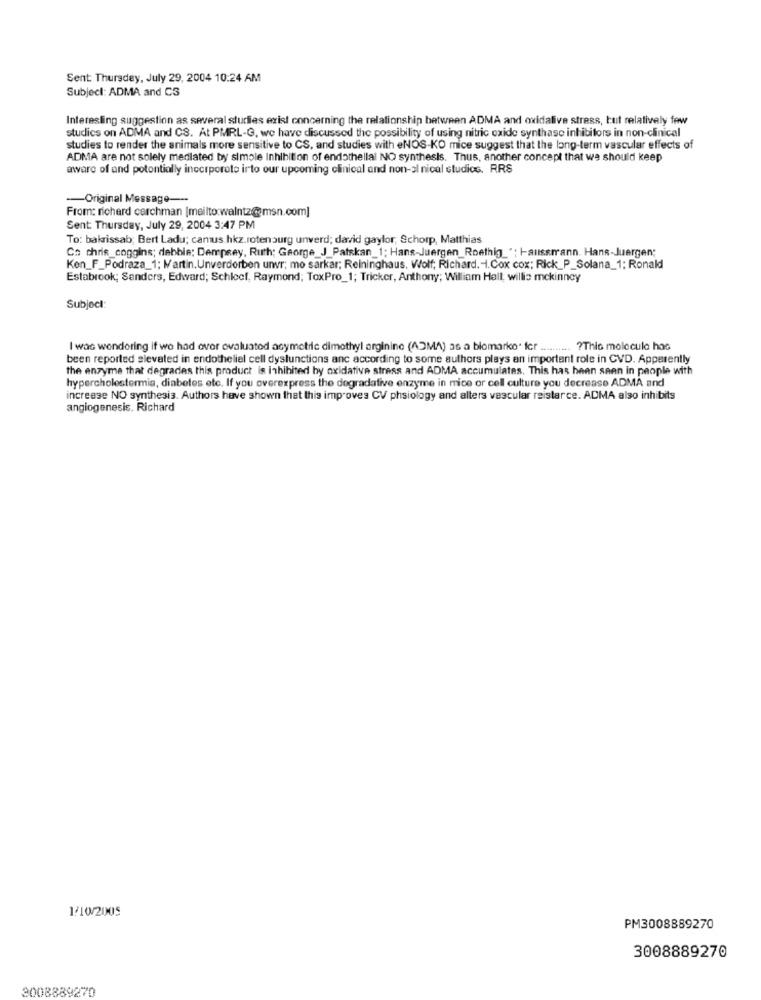
Sent: Thursday, July 29, 2004 10:24 AM
Subject: ADMA and CS
Interesting suggestion as several sturlies exist concerning the relationship between ADMA and oxidalive stress, but relatively few
studies on ADMA and CS. At PMRL-G, we have discussed the possibility of using nitric oxide synthase inhibitors in non-clinical
studies to render the animals more sensitive to CS, and studies with eNOS-KO mice suggest that the long-term vascular effects of
ADMA are not solely medlated by simole Inhibition of endothellal NO synthesis. Thus, another concept that we should keep
aware of and potentially incorporate irto our upcoming clinical and non-al nical studios. RRS
-- Original Message ---
From: richard cerchman [mailto:walntz@msn.com]
Sent: Thursday, July 29, 2004 3:47 PM
To: bakrissab; Bert Ladu; camus.hkz.rotenburg unverd; david gaylor, Schorp, Matthias
Co chris_coggins; debbie; Dempsey, Ruth; George_J_Patskan_1; Hans-Juergen_Roethig "; Haussmann. Hans-Juergen;
Ken_F_Podraza_1; Martin.Unverdorben unvr; mo sarkar; Reininghaus, Wolf; Richard .- 1.Cox cox; Rick_P_Solana_1; Ronald
Estabrook; Sanders, Edward; Schleef, Raymond; ToxPro_1; Tricker, Anthony; William Hall; willie mckinney
Subject:
I was wondering if we had over evaluated asymetric dimethyl arginine (ADMA) as a biomarko. fer .......... ? This molecule has
been reported slevated in endotheliel cell dysfunctions anc according to some authors plays an important role in CVD. Apparently
the enzyme that degrades this product is inhibited by oxidative stress and ADMA accumulates. This has been seen in people with
hypercholestermia, diabetes etc. If you overexpress the degradative enzyme in mice or cell culture you decrease ADMA and
increase NO synthesis. Authors have shown that this improves CV phsiology and alters vascular reistarce. ADMA also inhibits
angiogenesis. Richard
1/10/2005
PM3008889270
3008889270
2008889270